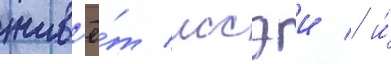
жив'ё́т иссэи / и́